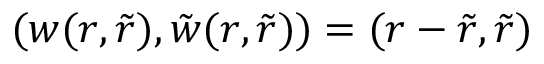
( w ( r , \tilde { r } ) , \tilde { w } ( r , \tilde { r } ) ) = ( r - \tilde { r } , \tilde { r } )